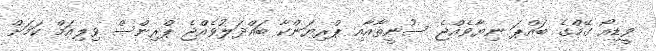
ވީޑިއޯ ގޭމްގެ ބައްޕަ ނިޔާވެއްޖެ ސުނީތާއާއި ޕްރިޔަންކާ ބައްދަލުވެއްޖެ ޕްރިންސް ވިލިއަމް ކަމަށް